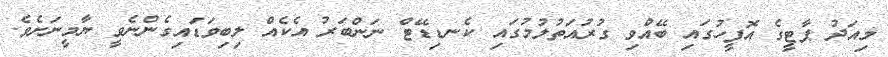
މިއަދު ޕާޓީގެ އޮފީހުގައި ބޭއްވި ގުރުއަތުލުމުގައި ކެނޑިޑޭޓް ނަންބަރު އެކެއް ލިބިވަޑައިގެންނެވީ ޔާމީނަށެވެ.